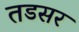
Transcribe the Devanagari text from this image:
तडसर